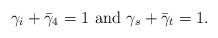
LaTeX: \begin{align*}\gamma_i+\bar{\gamma}_4=1 \,\, {\rm and }\,\, \gamma_s +\bar{\gamma}_t =1.\end{align*}